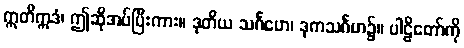
ဣတိဣဒံ၊ ဤဆိုအပ်ပြီးကား။ ဒုတိယ သင်္ဂဟေ၊ ဒုကသင်္ဂဟ၌။ ပါဠိတော်ကို